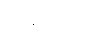
တစ်စီးဖြင့်